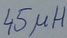
Text: 45µH